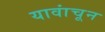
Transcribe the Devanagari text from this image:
यावांचून